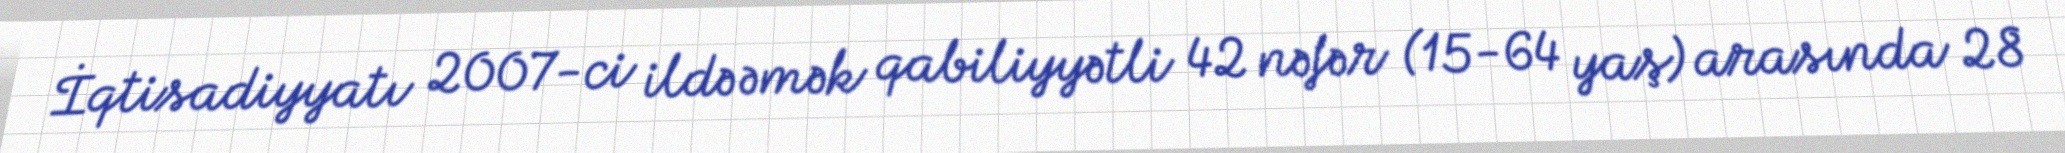
İqtisadiyyatı 2007-ci ildə əmək qabiliyyətli 42 nəfər (15-64 yaş) arasında 28